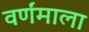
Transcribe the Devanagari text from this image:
वर्णंमाला